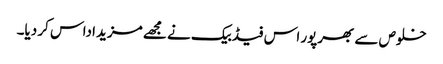
خلوص سے بھرپور اس فیڈبیک نے مجھے مزید اداس کر دیا۔